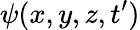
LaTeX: \psi(x,y,z,t^{\prime})